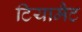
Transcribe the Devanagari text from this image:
टियामैट